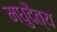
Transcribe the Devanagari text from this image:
मधुदैत्य